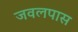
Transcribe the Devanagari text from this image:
जवलपास